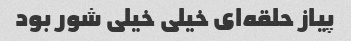
پیاز حلقه‌ای خیلی خیلی شور بود